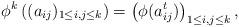
LaTeX: \begin{align*}\phi^{k}\left((a_{ij})_{1\leq i,j\leq k}\right)= \left(\phi(a_{ij}^{t})\right)_{1\leq i,j\leq k},\end{align*}